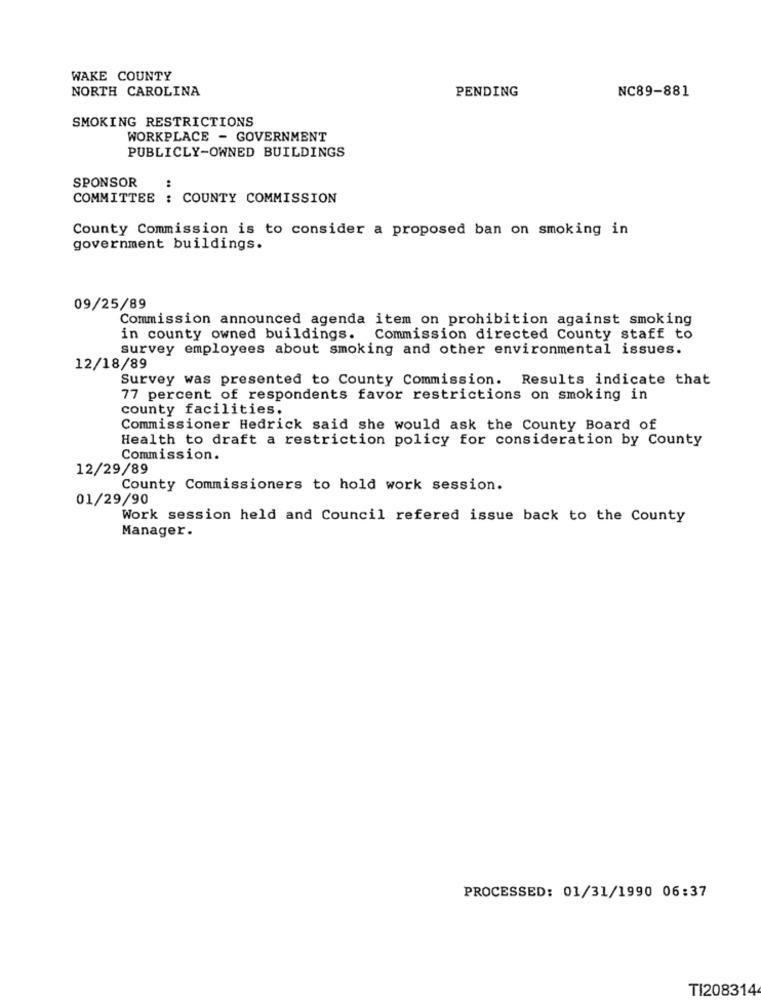
WAKE COUNTY
NORTH CAROLINA
PENDING
NC89-881
SMOKING RESTRICTIONS
WORKPLACE - GOVERNMENT
PUBLICLY-OWNED BUILDINGS
SPONSOR
COMMITTEE : COUNTY COMMISSION
County Commission is to consider a proposed ban on smoking in
government buildings.
09/25/89
Commission announced agenda item on prohibition against smoking
in county owned buildings. Commission directed County staff to
survey employees about smoking and other environmental issues.
12/18/89
Survey was presented to County Commission. Results indicate that
77 percent of respondents favor restrictions on smoking in
county facilities.
Commissioner Hedrick said she would ask the County Board of
Health to draft a restriction policy for consideration by County
Commission.
12/29/89
County Commissioners to hold work session.
01/29/90
Work session held and Council refered issue back to the County
Manager.
PROCESSED: 01/31/1990 06:37
TI208314